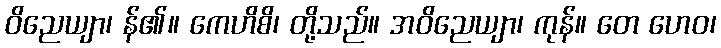
ဝိညေယျာ၊ န်၏။ ကေဟိစိ၊ တို့သည်။ အဝိညေယျာ၊ ကုန်။ တေ ဟေဝ၊